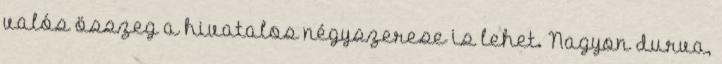
valós összeg a hivatalos négyszerese is lehet. Nagyon durva,